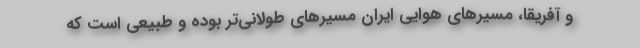
و آفریقا، مسیرهای هوایی ایران مسیرهای طولانی‌تر بوده و طبیعی است که